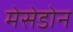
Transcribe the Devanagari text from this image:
मेसेडोन